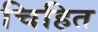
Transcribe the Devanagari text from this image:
चिहित